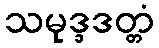
သမုဒ္ဒဒတ္တံ